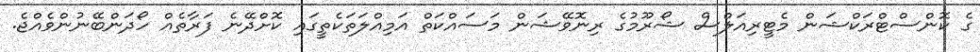
ގެ ކޮންސްޓްރަކްޝަން މެޓީރިއަލްސް ޝޯރޫމުގެ ރިނޮވޭޝަން މަސައްކަތް އަމިއްލަތަކެތީގައި ކޮށްދޭނެ ފަރާތެއް ހޯދަންބޭނުންވެއްޖެ.